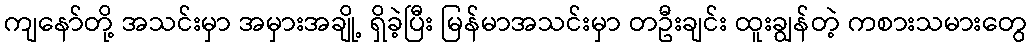
ကျနော်တို့ အသင်းမှာ အမှားအချို့ ရှိခဲ့ပြီး မြန်မာအသင်းမှာ တဦးချင်း ထူးချွန်တဲ့ ကစားသမားတွေ